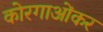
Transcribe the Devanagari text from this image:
कोरगाओंकर